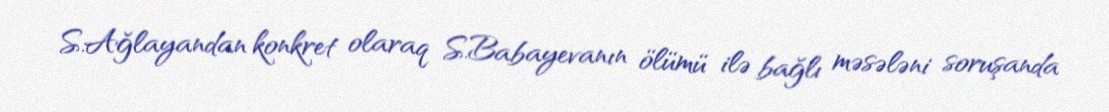
S.Ağlayandan konkret olaraq S.Babayevanın ölümü ilə bağlı məsələni soruşanda